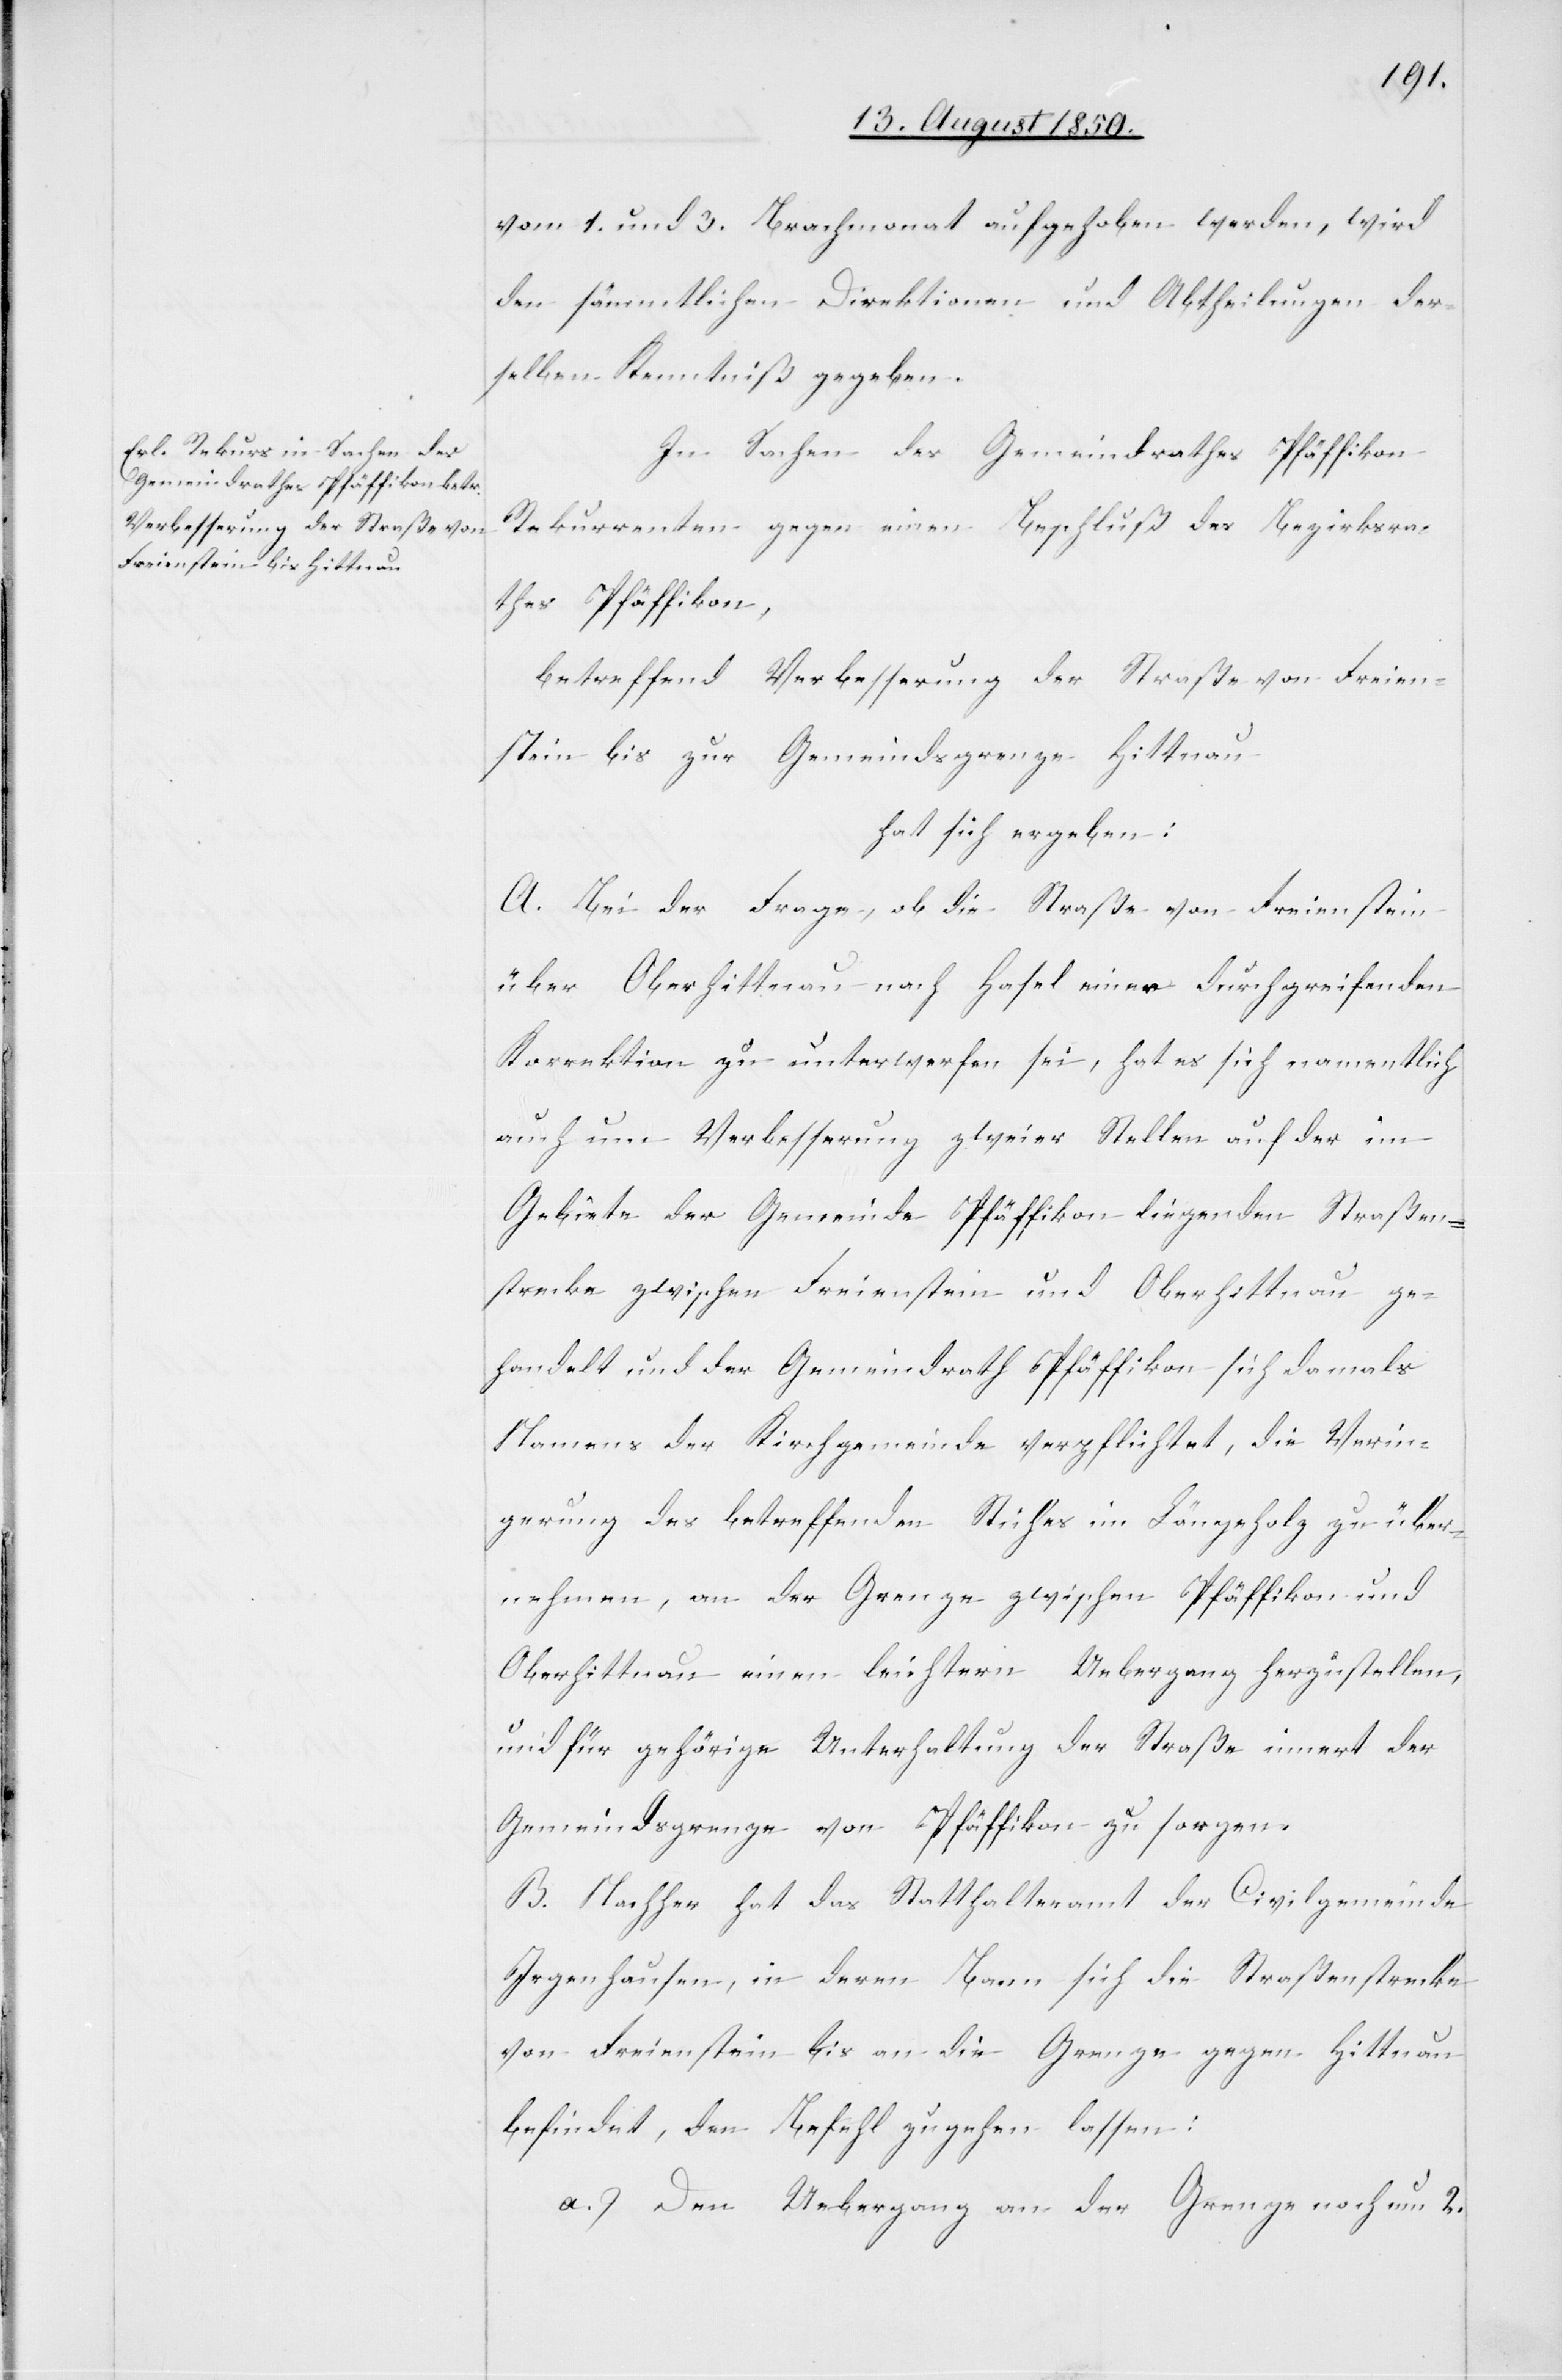
vom 1. und 3. Brachmonat aufgehoben werden, wird
den sämmtlichen Direktionen und Abtheilungen der¬
selben Kenntniß gegeben.
In Sachen des Gemeindrathes Pfäffikon
Rekurrenten gegen einen Beschluß des Bezirksra¬
thes Pfäffikon,
betreffend Verbesserung der Straße von Freien¬
stein bis zur Gemeindsgrenze Hittnau
hat sich ergeben:
A. Bei der Frage, ob die Straße von Freienstein
über Oberhittnau nach Hasel einer durchgreifenden
Korrektion zu unterwerfen sei, hat es sich namentlich
auch um Verbesserung zweier Stellen auf der im
Gebiete der Gemeinde Pfäffikon liegenden Straßen¬
strecke zwischen Freienstein und Oberhittnau ge¬
handelt und der Gemeindrath Pfäffikon sich damals
Namens der Kirchgemeinde verpflichtet, die Ve[r]rin¬
gerung des betreffenden Stiches im Längeholz zu über¬
nehmen, an der Grenze zwischen Pfäffikon und
Oberhittnau einen leichtern Uebergang herzustellen,
und für gehörige Unterhaltung der Straße innert der
Gemeindsgrenze von Pfäffikon zu sorgen.
B. Nachher hat das Statthalteramt der Civilgemeinde
Irgenhausen, in deren Bann sich die Straßenstrecke
von Freienstein bis an die Grenze gegen Hittnau
befindet, den Befehl zugehen lassen:
a.) Den Uebergang an der Grenze noch um 2.